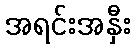
အရင်းအနှီး